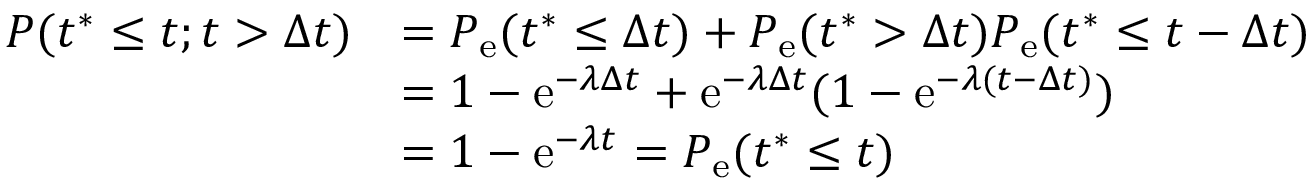
\begin{array} { r l } { P ( t ^ { \ast } \leq t ; t > \Delta t ) } & { = P _ { \mathrm { e } } ( t ^ { \ast } \leq \Delta t ) + P _ { \mathrm { e } } ( t ^ { \ast } > \Delta t ) P _ { \mathrm { e } } ( t ^ { \ast } \leq t - \Delta t ) } \\ & { = 1 - \mathrm { e } ^ { - \lambda \Delta t } + \mathrm { e } ^ { - \lambda \Delta t } ( 1 - \mathrm { e } ^ { - \lambda ( t - \Delta t ) } ) } \\ & { = 1 - \mathrm { e } ^ { - \lambda t } = P _ { \mathrm { e } } ( t ^ { \ast } \leq t ) } \end{array}